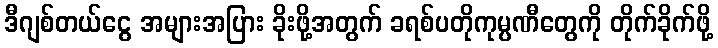
ဒီဂျစ်တယ်ငွေ အများအပြား ခိုးဖို့အတွက် ခရစ်ပတိုကုမ္ပဏီတွေကို တိုက်ခိုက်ဖို့